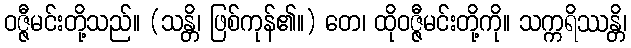
ဝဇ္ဇီမင်းတို့သည်။ (သန္တိ၊ ဖြစ်ကုန်၏။) တေ၊ ထိုဝဇ္ဇီမင်းတို့ကို။ သက္ကရိဿန္တိ၊